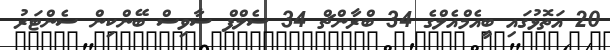
20 އަތޮޅުގައި ބީއެމްއެލްގެ 34 ބްރާންޗް 34 ސެލްފް ސާވިސް ބޭންކިން ސެންޓަރު